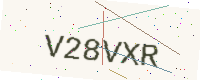
Text: V28VXR